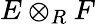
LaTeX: E\otimes_{R}F